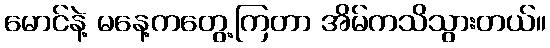
မောင်နဲ့ မနေ့ကတွေ့ကြတာ အိမ်ကသိသွားတယ်။